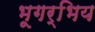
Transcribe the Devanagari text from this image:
भूगर्भिय